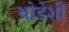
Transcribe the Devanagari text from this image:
थोडेशी